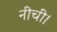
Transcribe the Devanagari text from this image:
नीची।